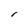
Character: r